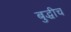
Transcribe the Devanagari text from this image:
बुद्धीच